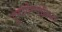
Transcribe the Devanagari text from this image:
पुनःपरिचालित